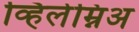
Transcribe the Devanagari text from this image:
व्हिलेम्निअ